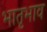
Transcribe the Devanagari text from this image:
भातृभाव